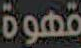
قهوة